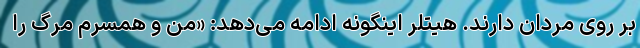
بر روی مردان دارند. هیتلر اینگونه ادامه می‌دهد: «من و همسرم مرگ را